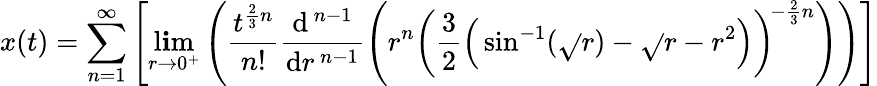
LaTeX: x(t)=\sum_{n=1}^{\infty}\left[\operatorname*{l\mathbf{i}m}_{r\to0^{+}}\left({\frac{{t^{{\frac{{2}}{{3}}}n}}}{{n!}}}{\frac{{\mathrm{{d}}^{\, n-1}}}{{\mathrm{{d}}r^{\, n-1}}}}\! \left(r^{n}\left({\frac{{3}}{{2}}}{\Big(}\sin^{-1}({\sqrt{}{{r}}})-{\sqrt{}{{r-r^{2}}}}{\Big)}\right)^{\! -{\frac{{2}}{{3}}}n}\right)\right)\right]